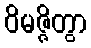
ဝိမဇ္ဇိတွာ